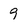
Character: 9